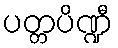
ပတ္တပိဏ္ဍီ